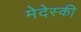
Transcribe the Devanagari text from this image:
मेदेस्की